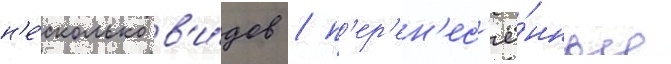
н'е́сколько в'и́дов / п'ер'ен'ес'ё́нные